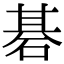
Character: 碁